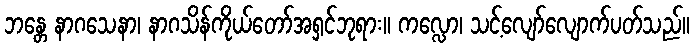
ဘန္တေ နာဂသေနာ၊ နာဂသိန်ကိုယ်တော်အရှင်ဘုရား။ ကလ္လော၊ သင့်လျော်လျောက်ပတ်သည်။